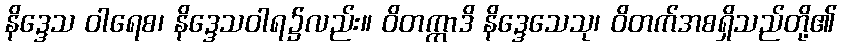
နိဒ္ဒေသ ဝါရေစ၊ နိဒ္ဒေသဝါရ၌လည်း။ ဝိတက္ကာဒိ နိဒ္ဒေသေသု၊ ဝိတက်အစရှိသည်တို့၏